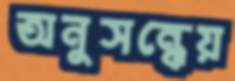
অনুসন্ধেয়